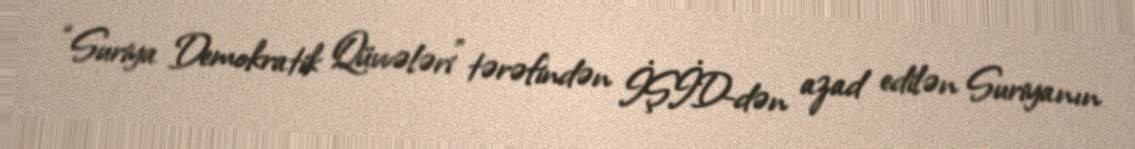
“Suriya Demokratik Qüvvələri” tərəfindən İŞİD-dən azad edilən Suriyanın